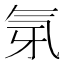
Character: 𭯲